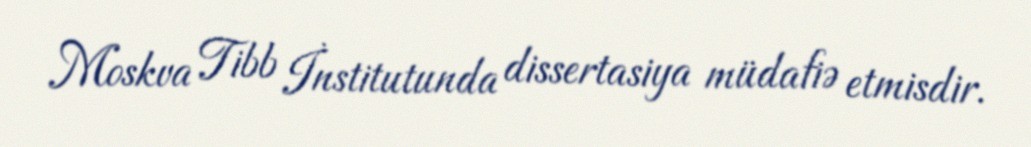
Moskva Tibb İnstitutunda dissertasiya müdafiə etmisdir.